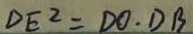
D E ^ { 2 } = D O \cdot D B